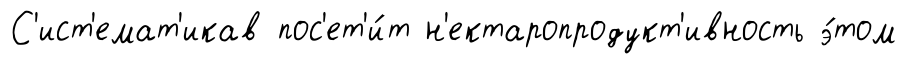
С'ист'емат'икав пос'ет'и́т н'ектаропродукт'ивность э́том